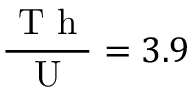
\frac { \mathrm { ~ T ~ h ~ } } { \mathrm { ~ U ~ } } = 3 . 9